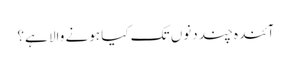
آئندہ چند دنوں تک کیا ہونے والا ہے؟